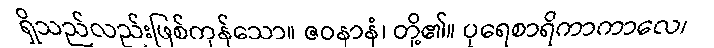
ရှိသည်လည်းဖြစ်ကုန်သော။ ဇဝနာနံ၊ တို့၏။ ပုရေစာရိကာကာလေ၊